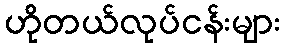
ဟိုတယ်လုပ်ငန်းများ